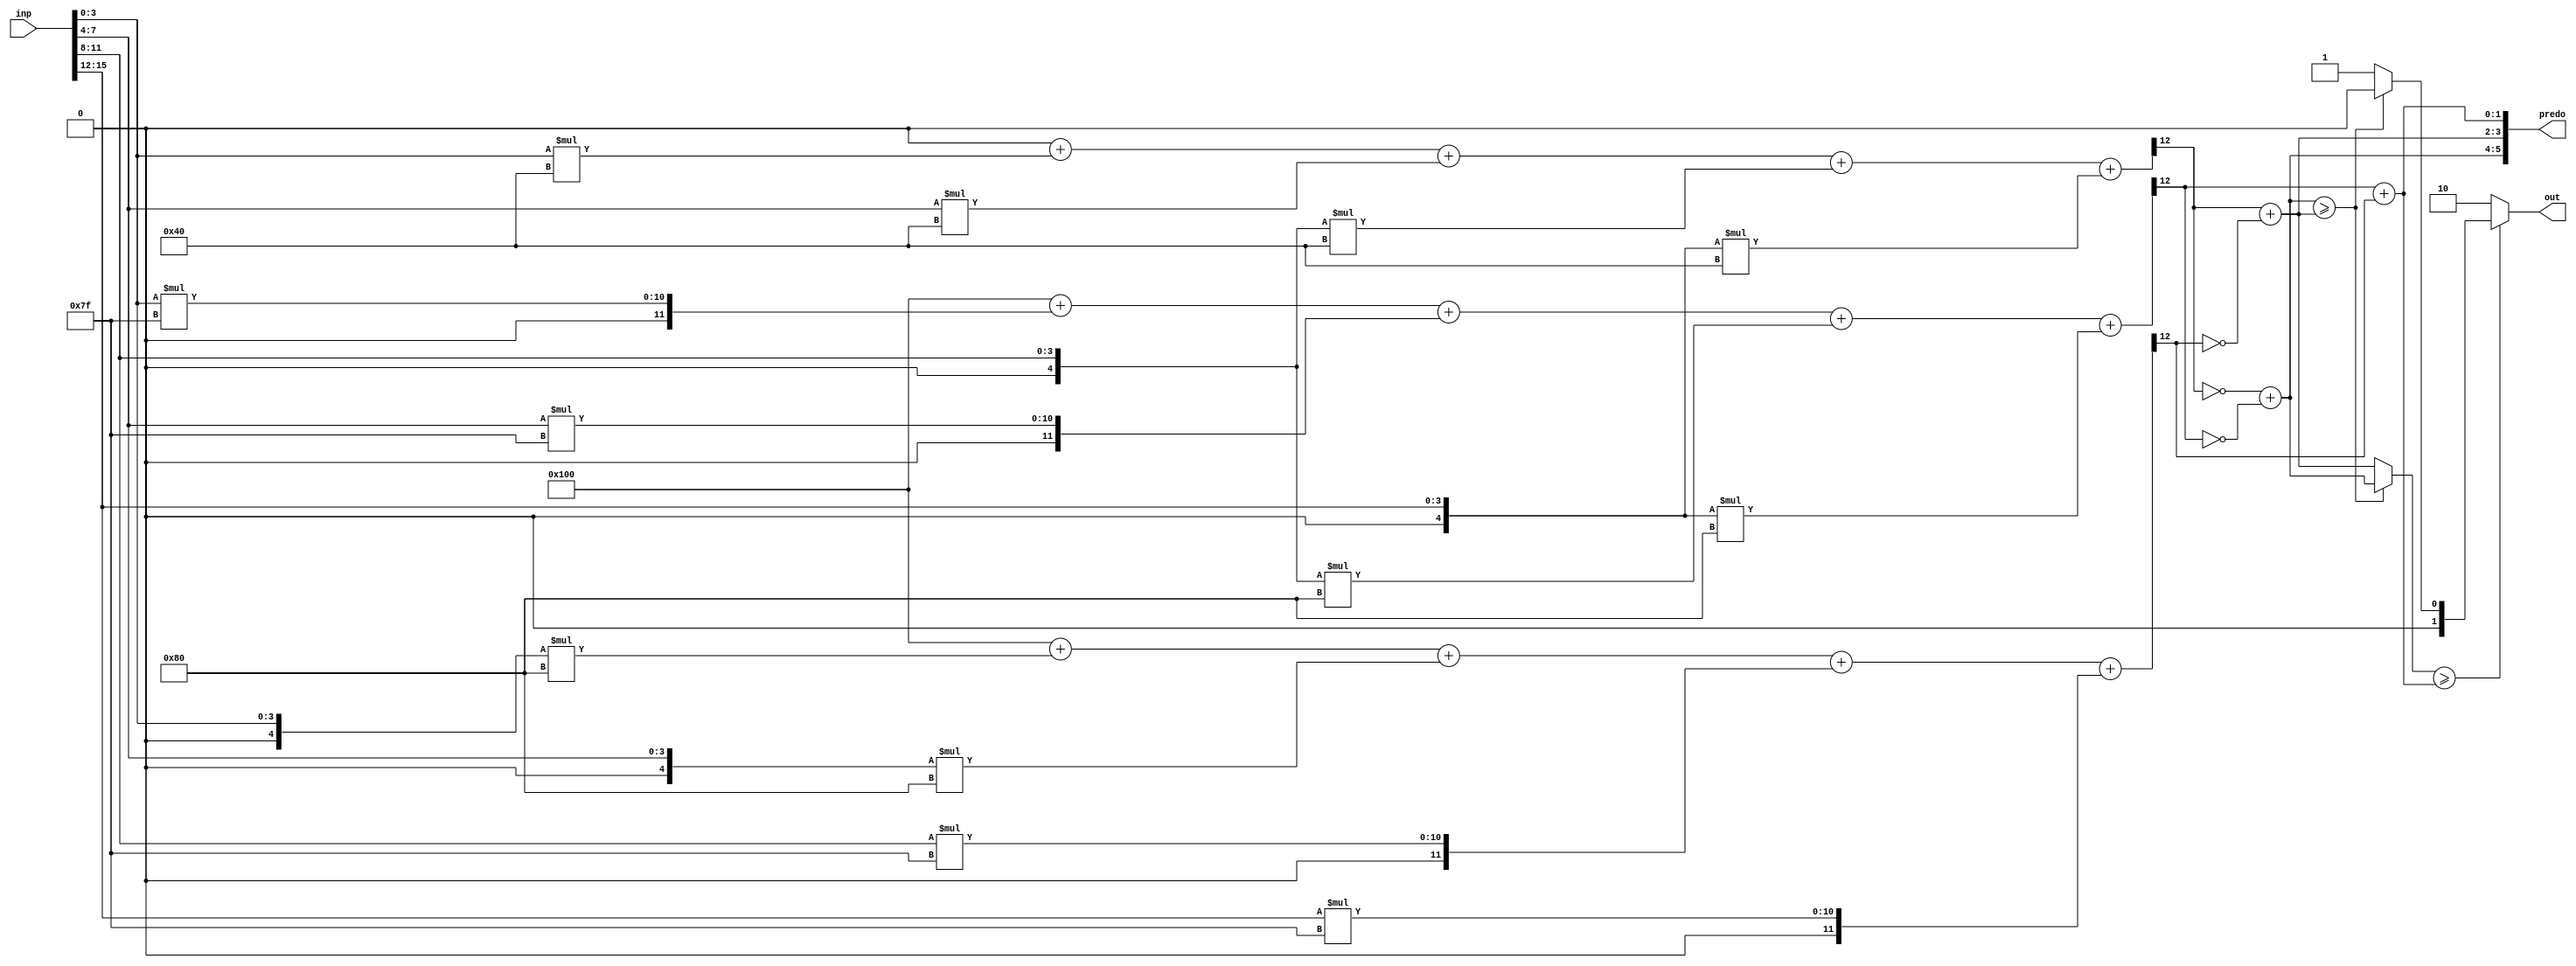
//weights: [[64, 64, -64, -64], [127, 127, -128, -128], [-128, -128, 127, 127]]
//intercepts: [0, -256, -256]
//act size: [4, 13]
//pred num: 3
module top (inp, predo, out);
input [15:0] inp;
output [5:0] predo;
output [1:0] out;

// classifier: 0
    wire signed [11:0] n_0_0_po_0;
    //weight 64: 8'sb01000000
    assign n_0_0_po_0 = $signed({1'b0, inp[3:0]}) * 8'sb01000000;

    wire signed [11:0] n_0_0_po_1;
    //weight 64: 8'sb01000000
    assign n_0_0_po_1 = $signed({1'b0, inp[7:4]}) * 8'sb01000000;

    wire signed [11:0] n_0_0_po_2;
    //weight -64: 8'sb11000000
    assign n_0_0_po_2 = $signed({1'b0, inp[11:8]}) * 8'sb11000000;

    wire signed [11:0] n_0_0_po_3;
    //weight -64: 8'sb11000000
    assign n_0_0_po_3 = $signed({1'b0, inp[15:12]}) * 8'sb11000000;

    wire signed [12:0] n_0_0_sum;
    assign n_0_0_sum = 0 + n_0_0_po_0 + n_0_0_po_1 + n_0_0_po_2 + n_0_0_po_3;
    wire n_0_0;
    assign n_0_0 = n_0_0_sum[12];

// classifier: 1
    wire signed [11:0] n_0_1_po_0;
    //weight 127: 8'sb01111111
    assign n_0_1_po_0 = $signed({1'b0, inp[3:0]}) * 8'sb01111111;

    wire signed [11:0] n_0_1_po_1;
    //weight 127: 8'sb01111111
    assign n_0_1_po_1 = $signed({1'b0, inp[7:4]}) * 8'sb01111111;

    wire signed [11:0] n_0_1_po_2;
    //weight -128: 8'sb10000000
    assign n_0_1_po_2 = $signed({1'b0, inp[11:8]}) * 8'sb10000000;

    wire signed [11:0] n_0_1_po_3;
    //weight -128: 8'sb10000000
    assign n_0_1_po_3 = $signed({1'b0, inp[15:12]}) * 8'sb10000000;

    wire signed [12:0] n_0_1_sum;
    assign n_0_1_sum = -256 + n_0_1_po_0 + n_0_1_po_1 + n_0_1_po_2 + n_0_1_po_3;
    wire n_0_1;
    assign n_0_1 = n_0_1_sum[12];

// classifier: 2
    wire signed [11:0] n_0_2_po_0;
    //weight -128: 8'sb10000000
    assign n_0_2_po_0 = $signed({1'b0, inp[3:0]}) * 8'sb10000000;

    wire signed [11:0] n_0_2_po_1;
    //weight -128: 8'sb10000000
    assign n_0_2_po_1 = $signed({1'b0, inp[7:4]}) * 8'sb10000000;

    wire signed [11:0] n_0_2_po_2;
    //weight 127: 8'sb01111111
    assign n_0_2_po_2 = $signed({1'b0, inp[11:8]}) * 8'sb01111111;

    wire signed [11:0] n_0_2_po_3;
    //weight 127: 8'sb01111111
    assign n_0_2_po_3 = $signed({1'b0, inp[15:12]}) * 8'sb01111111;

    wire signed [12:0] n_0_2_sum;
    assign n_0_2_sum = -256 + n_0_2_po_0 + n_0_2_po_1 + n_0_2_po_2 + n_0_2_po_3;
    wire n_0_2;
    assign n_0_2 = n_0_2_sum[12];

// decisionMatrix inp: n_0_0, n_0_1, n_0_2
    wire dm_cmp_0_1, dm_cmp_1_0;
    assign dm_cmp_0_1 = ~n_0_0;
    assign dm_cmp_1_0 = n_0_0;

    wire dm_cmp_0_2, dm_cmp_2_0;
    assign dm_cmp_0_2 = ~n_0_1;
    assign dm_cmp_2_0 = n_0_1;

    wire dm_cmp_1_2, dm_cmp_2_1;
    assign dm_cmp_1_2 = ~n_0_2;
    assign dm_cmp_2_1 = n_0_2;

    wire [1:0] dm_sum_0;
    assign dm_sum_0 = dm_cmp_0_1 + dm_cmp_0_2;
    wire [1:0] dm_sum_1;
    assign dm_sum_1 = dm_cmp_1_0 + dm_cmp_1_2;
    wire [1:0] dm_sum_2;
    assign dm_sum_2 = dm_cmp_2_0 + dm_cmp_2_1;

    assign predo = {dm_sum_0,dm_sum_1,dm_sum_2};
// argmax: 3 classes, need 2 bits
// argmax inp: dm_sum_0, dm_sum_1, dm_sum_2
    //comp level 0
    wire cmp_0_0;
    wire [1:0] argmax_val_0_0;
    wire [1:0] argmax_idx_0_0;
    assign {cmp_0_0} = ( dm_sum_0 >= dm_sum_1 );
    assign {argmax_val_0_0} = ( cmp_0_0 ) ? dm_sum_0 : dm_sum_1;
    assign {argmax_idx_0_0} = ( cmp_0_0 ) ? 2'b00 : 2'b01;

    //comp level 1
    wire cmp_1_0;
    wire [1:0] argmax_val_1_0;
    wire [1:0] argmax_idx_1_0;
    assign {cmp_1_0} = ( argmax_val_0_0 >= dm_sum_2 );
    assign {argmax_val_1_0} = ( cmp_1_0 ) ? argmax_val_0_0 : dm_sum_2;
    assign {argmax_idx_1_0} = ( cmp_1_0 ) ? argmax_idx_0_0 : 2'b10;

    assign out = argmax_idx_1_0;

endmodule